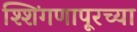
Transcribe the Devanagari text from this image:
श्शिंगणापूरच्या